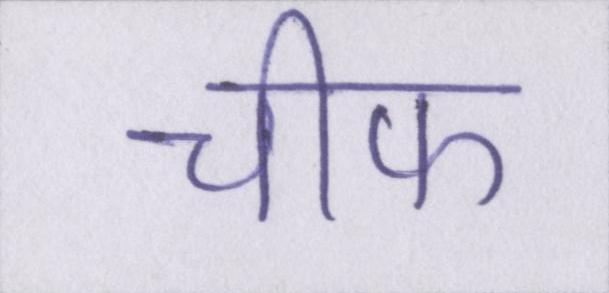
चीफ